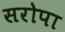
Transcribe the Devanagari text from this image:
सरोपा